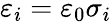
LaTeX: \varepsilon_{i}=\varepsilon_{0}\sigma_{i}